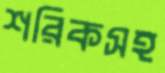
শরিকসহ